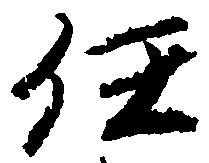
任